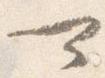
可